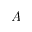
A